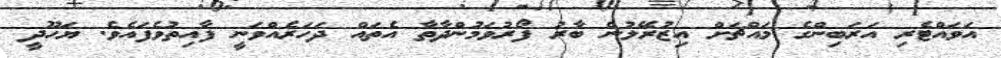
އަވައްޓެރި އަރަބިންގެ މައްޗަށް އިޒުރޭލުން ބާރު ފޯރުވަމުންދާތާ އެތައް ދަހަރެއްވަނީ ފާއިތުވެފައެވެ. ޔަހޫދީ